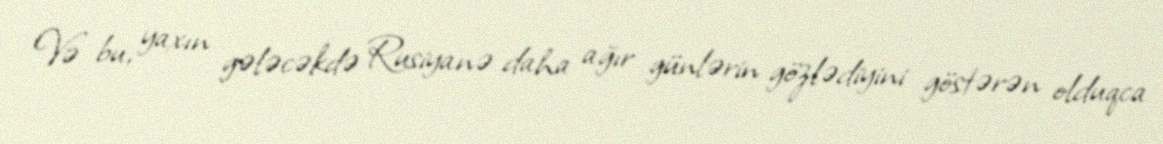
Və bu, yaxın gələcəkdə Rusiyanə daha ağır günlərin gözlədiyini göstərən olduqca